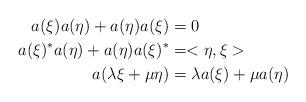
LaTeX: \begin{align*}a(\xi)a(\eta)+a(\eta)a(\xi)&=0 \\a(\xi)^*a(\eta)+a(\eta)a(\xi)^{*}&=<\eta,\xi> \\a(\lambda \xi+ \mu \eta)& = \lambda a(\xi)+ \mu a(\eta)\end{align*}